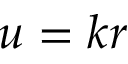
u = k r